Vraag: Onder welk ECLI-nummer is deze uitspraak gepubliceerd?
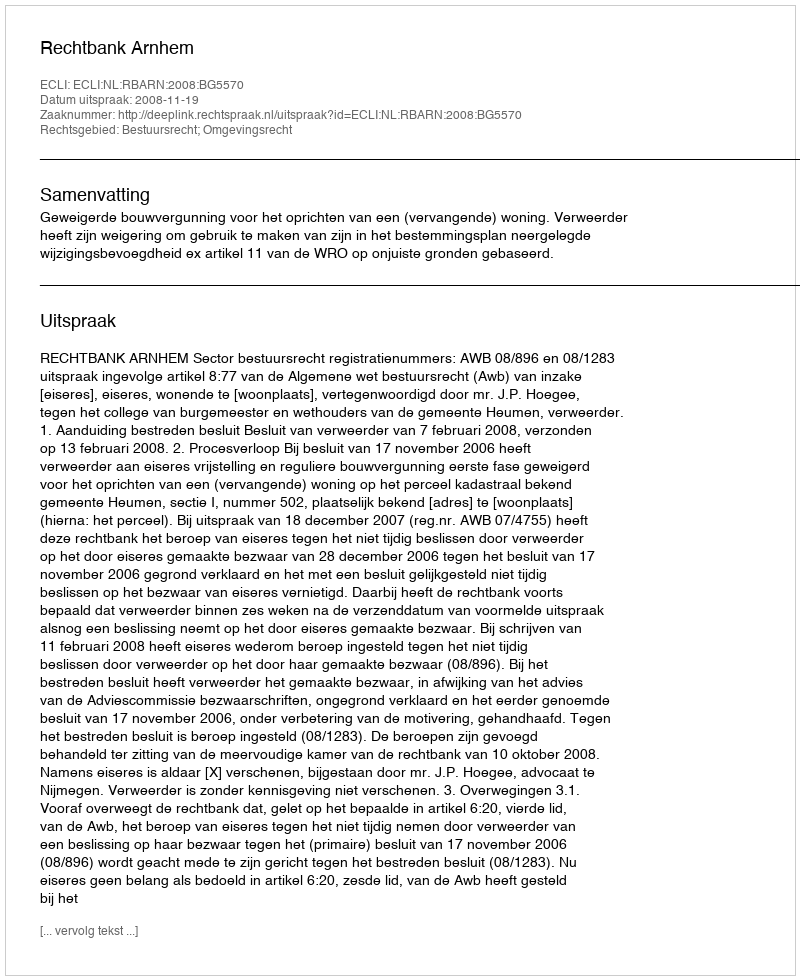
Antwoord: ECLI:NL:RBARN:2008:BG5570